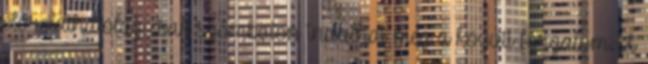
előreláthatólag csak szombaton indulhat meg a közúti forgalom. A